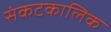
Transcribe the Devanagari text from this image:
संकटकालिक